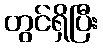
တွင်ရှိပြီး